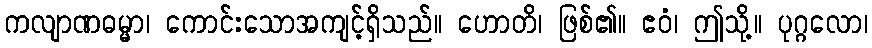
ကလျာဏဓမ္မာ၊ ကောင်းသောအကျင့်ရှိသည်။ ဟောတိ၊ ဖြစ်၏။ ဧဝံ၊ ဤသို့။ ပုဂ္ဂလော၊